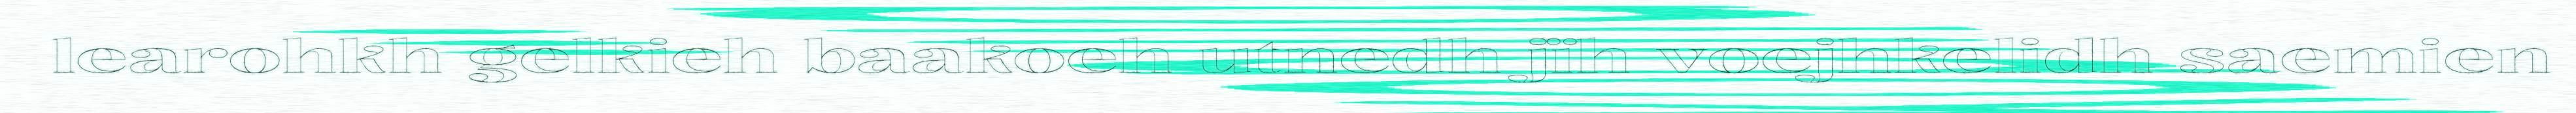
learohkh gelkieh baakoeh utnedh jïh voejhkelidh saemien